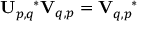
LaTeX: \mathbf { U } _ { p , q } ^ { \quad \ast } \mathbf { V } _ { q , p } = \mathbf { V } _ { q , p } ^ { \quad \ast }